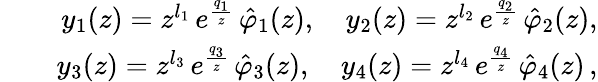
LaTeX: \begin{array}{rlr}&{}&{y_{1}(z)=z^{l_{1}}\, e^{\frac{q_{1}}{z}}\, \hat{\varphi}_{1}(z),\quad y_{2}(z)=z^{l_{2}}\, e^{\frac{q_{2}}{z}}\, \hat{\varphi}_{2}(z),}\\ &{}&{y_{3}(z)=z^{l_{3}}\, e^{\frac{q_{3}}{z}}\, \hat{\varphi}_{3}(z),\quad y_{4}(z)=z^{l_{4}}\, e^{\frac{q_{4}}{z}}\, \hat{\varphi}_{4}(z)\, ,}\end{array}